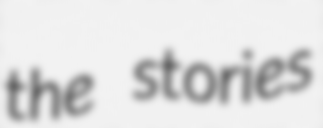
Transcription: the stories